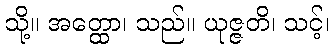
သို့။ အတ္ထော၊ သည်။ ယုဇ္ဇတိ၊ သင့်၊